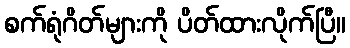
စက်ရုံဂိတ်များကို ပိတ်ထားလိုက်ပြီ။